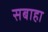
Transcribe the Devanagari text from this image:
सबाहा